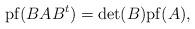
LaTeX: \begin{align*} \mathrm{pf}(BAB^t)=\det(B){\rm pf}(A),\end{align*}